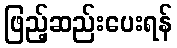
ဖြည့်ဆည်းပေးရန်